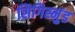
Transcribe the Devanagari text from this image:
सिगिस्मुंड